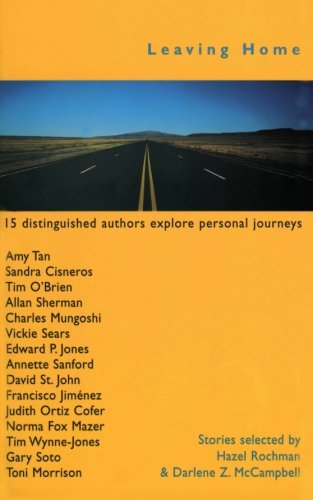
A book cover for Leaving Home: Stories; Teen & Young Adult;